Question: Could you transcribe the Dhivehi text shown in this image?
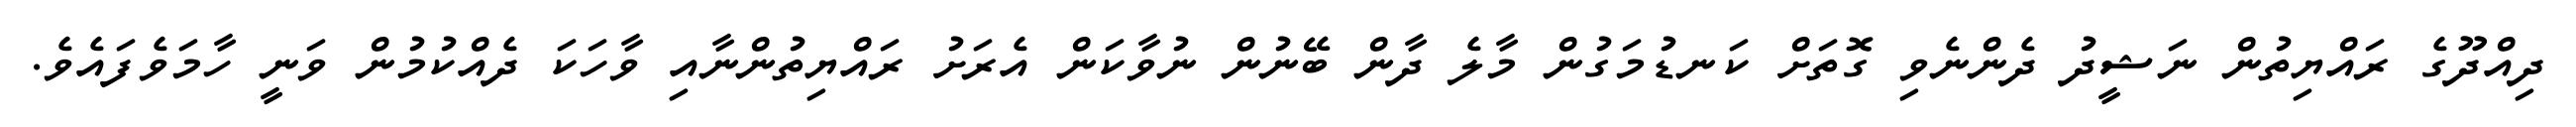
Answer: ދިއްދޫގެ ރައްޔިތުން ނަޝީދު ދެންނެވި ގޮތަށް ކަނޑުމަގުން މާލެ ދާން ބޭނުން ނުވާކަން އެރަށު ރައްޔިތުންނާއި ވާހަކަ ދެއްކުމުން ވަނީ ހާމަވެފައެވެ.